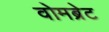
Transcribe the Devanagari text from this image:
वोमब्रेट